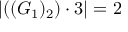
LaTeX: \left| ( ( G _ { 1 } ) _ { 2 } ) \cdot 3 \right| = 2